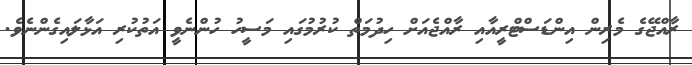
ރާއްޖޭގެ މެރިން އިންޑަސްޓްރީއާއި ރާއްޖެއަށް ހިދުމަތް ކުރުމުގައި މަސީހު ހުންނެވީ އަތުކުރި އަޅާލައިގެންނެވެ.